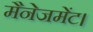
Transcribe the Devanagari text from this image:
मैनेजमेंट।